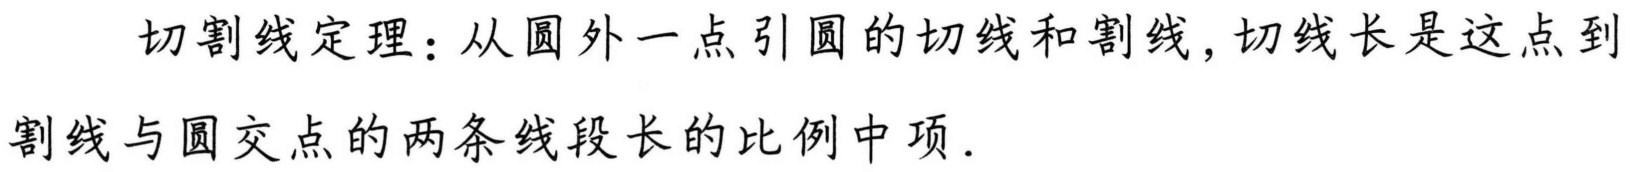
切割线定理：从圆外一点引圆的切线和割线，切线长是这点到
割线与圆交点的两条线段长的比例中项.